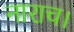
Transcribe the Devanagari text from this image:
नाराच।